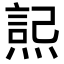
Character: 𭵮